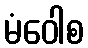
မံဝေါစ